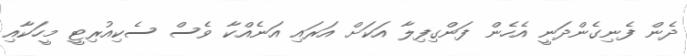
ދެން ފެނިގެންދަނީ އެހެން ފަންގިފިލާ އަކަށް އަރައި އަނެއްކާ ވެސް ސެކިއުރިޓީ މީހަކާއި